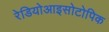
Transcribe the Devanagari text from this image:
रेडियोआइसोटोपिक